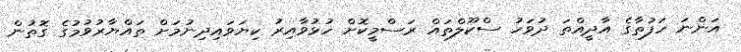
އަންނަ ހަފުތާގެ އާދީއްތަ ދުވަހު ސްކޫލްތައް ރަސްމީކޮށް ހުޅުވާއިރު ކިޔަވައިދިނުމަށް ތައްޔާރުވުމުގެ ގޮތުން